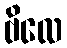
ဗိလေ